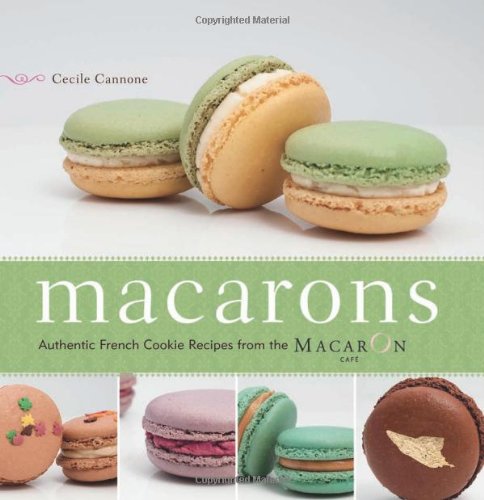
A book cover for Macarons: Authentic French Cookie Recipes from the Macaron Cafe; Cecile Cannone; Cookbooks, Food & Wine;